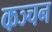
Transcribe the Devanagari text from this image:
कञ्चन